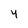
Character: 4